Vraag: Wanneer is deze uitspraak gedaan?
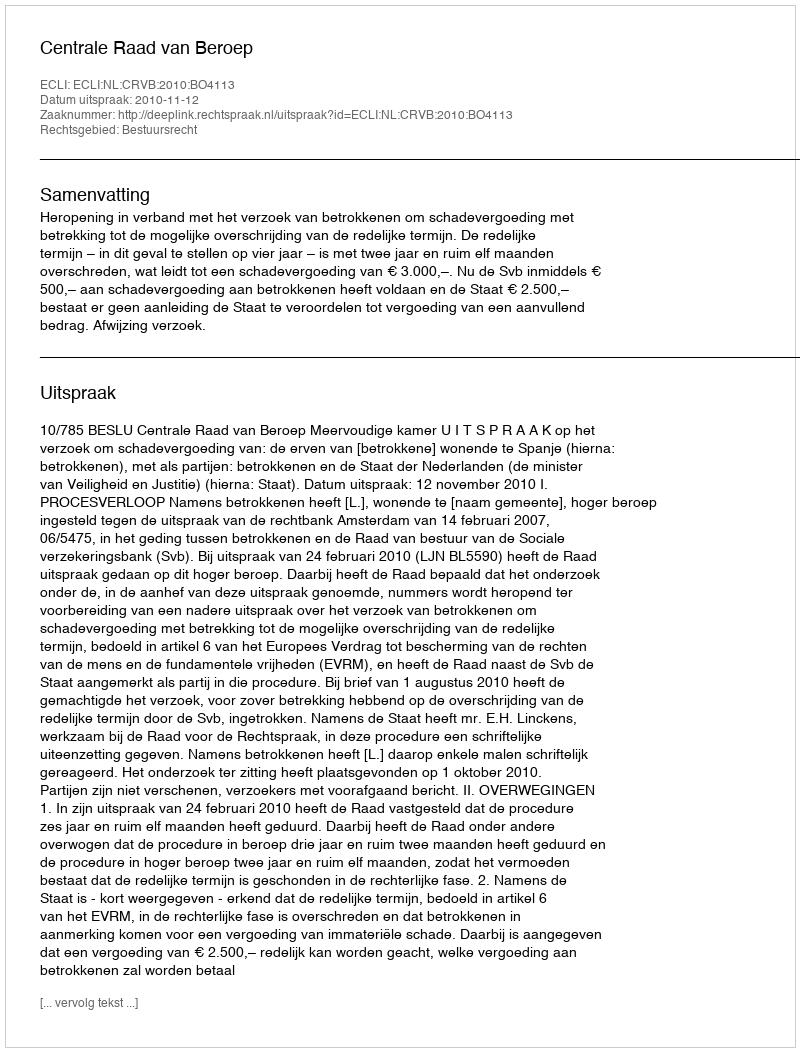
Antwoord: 2010-11-12